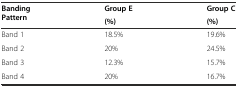
| <ROWSPAN=2> Banding Pattern | Group E | Group C |
 | (%) | (%) |
 | --- | --- | --- |
 | Band 1 | 18.5% | 19.6% |
 | Band 2 | 20% | 24.5% |
 | Band 3 | 12.3% | 15.7% |
 | Band 4 | 20% | 16.7% |